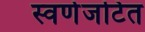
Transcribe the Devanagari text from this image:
स्वर्णजटित